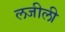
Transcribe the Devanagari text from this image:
लजीली